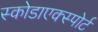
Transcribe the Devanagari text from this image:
स्कोडाएक्स्पोर्ट